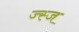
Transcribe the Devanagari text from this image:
ज्स्ज